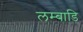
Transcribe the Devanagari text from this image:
लम्बाडि